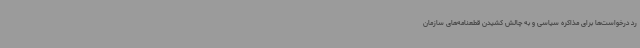
رد درخواست‌ها برای مذاکره سیاسی و به چالش کشیدن قطعنامه‌های سازمان